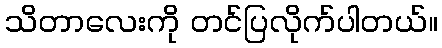
သိတာလေးကို တင်ပြလိုက်ပါတယ်။